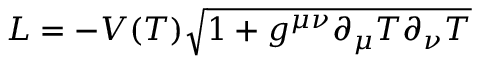
L = - V ( T ) \sqrt { 1 + g ^ { \mu \nu } \partial _ { \mu } T \partial _ { \nu } T }